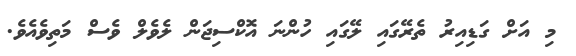
މި އަށް ގަޑިއިރު ތެރޭގައި ލޭގައި ހުންނަ އޮކްސިޖަން ލެވެލް ވެސް މަތިވެއެވެ.